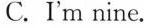
C. I'm nine.